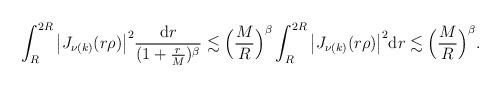
LaTeX: \begin{align*}\int_{R}^{2R}\big|J_{\nu(k)}( r\rho)\big|^2 \frac{\mathrm{d}r}{(1+\frac r M)^\beta}\lesssim\Big(\frac{M}{R}\Big)^\beta \int_{R}^{2R}\big|J_{\nu(k)}(r\rho)\big|^2 \mathrm{d}r\lesssim \Big(\frac{M}{R}\Big)^\beta.\end{align*}